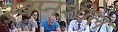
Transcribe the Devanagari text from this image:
स्वप्नशील